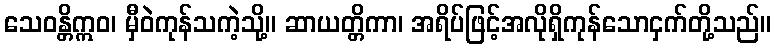
သေဝန္တိဣဝ၊ မှီဝဲကုန်သကဲ့သို့။ ဆာယတ္တိကာ၊ အရိပ်ဖြင့်အလိုရှိကုန်သောငှက်တို့သည်။